Trukikaitis_Postimees, lk 158
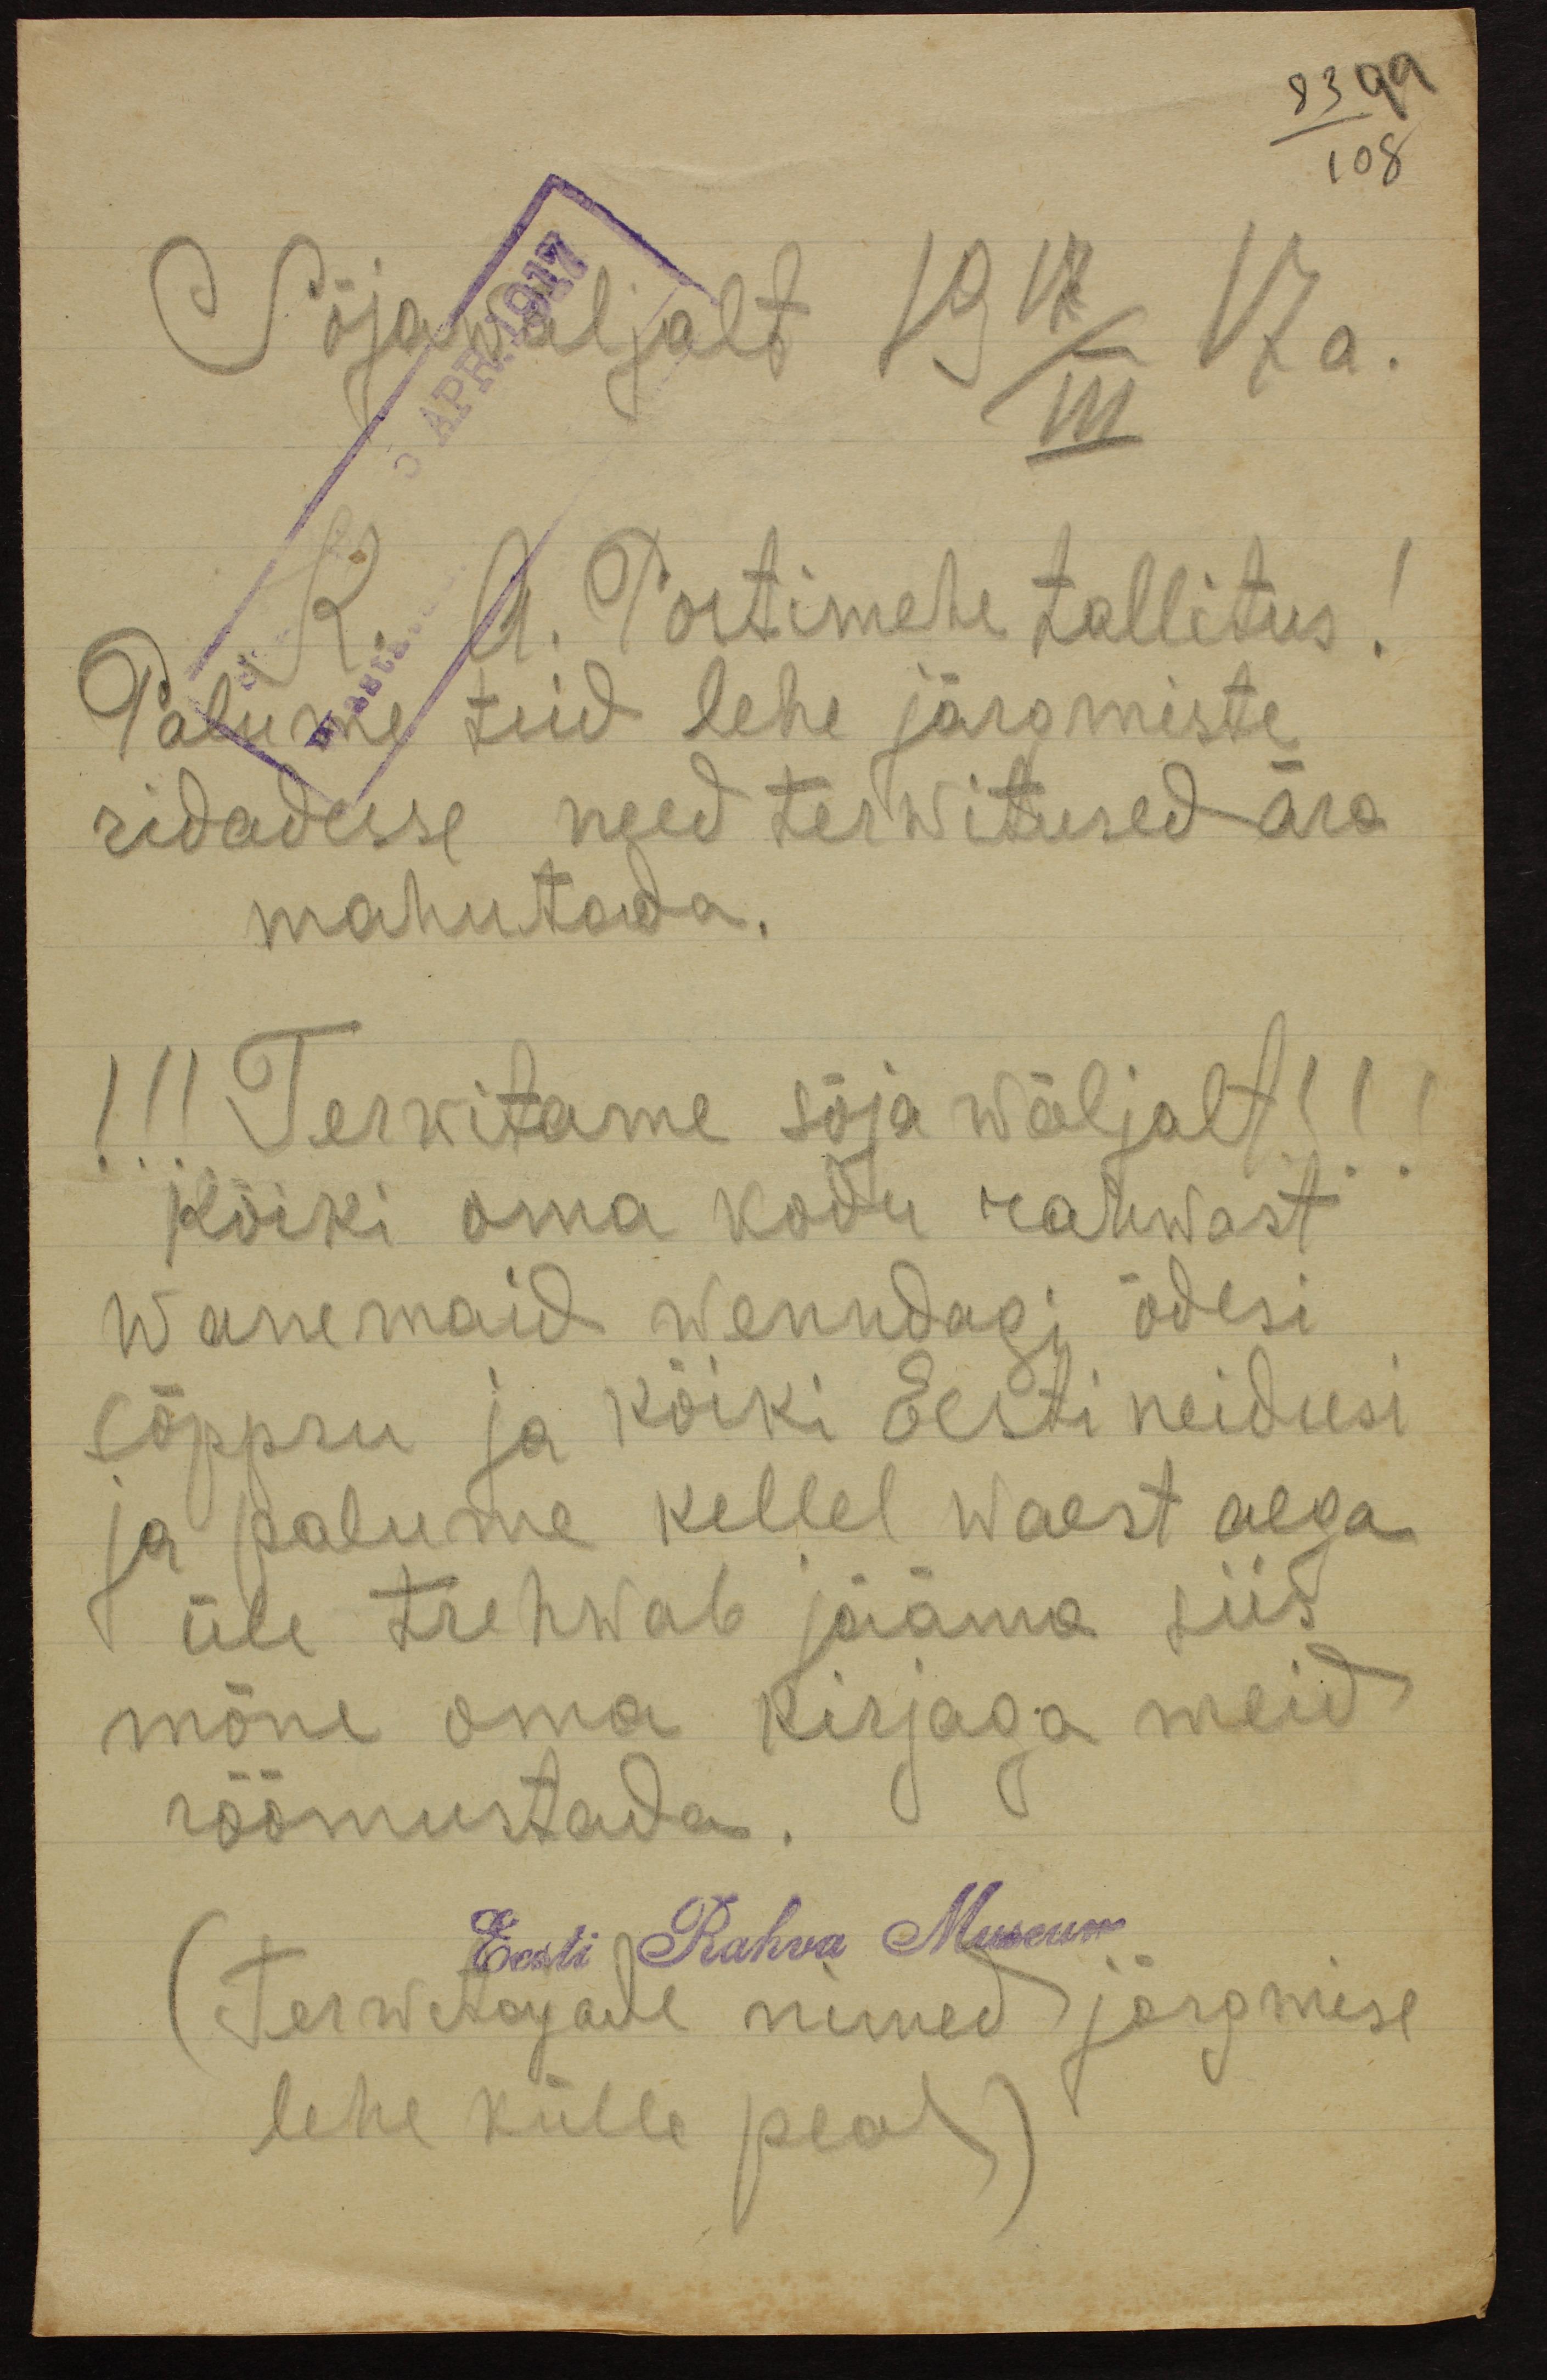
83 99
108
Sõjawäljalt 19 17/III 17 a.
K. A. Postimehe tallitus!
Palume teid lehe järgmiste
ridadesse need terwitused ära
mahutada.
!!!Terwitame sõja wäljalt!!!
kõiki oma kodu rahwast
Wanemaid wenndagi õdesi
Sõppru ja kõiki Eesti neidusi
ja palume kellel waest aega
üle trehwab jääma siis
mõne oma kirjaga meid
rõõmustada.
Eesti Rahva Museum
(Terwitajade nimed järgmise
lehe külle peal)